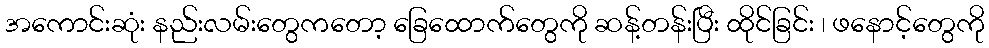
အကောင်းဆုံး နည်းလမ်းတွေကတော့ ခြေထောက်တွေကို ဆန့်တန်းပြီး ထိုင်ခြင်း ၊ ဖနောင့်တွေကို